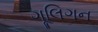
ગૂલિગન